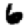
Digit: 6